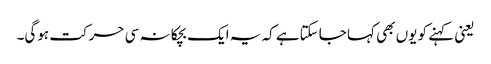
یعنی کہنے کو یوں بھی کہا جاسکتاہے کہ یہ ایک بچکانہ سی حرکت ہوگی۔